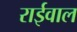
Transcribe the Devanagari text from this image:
राईवाल